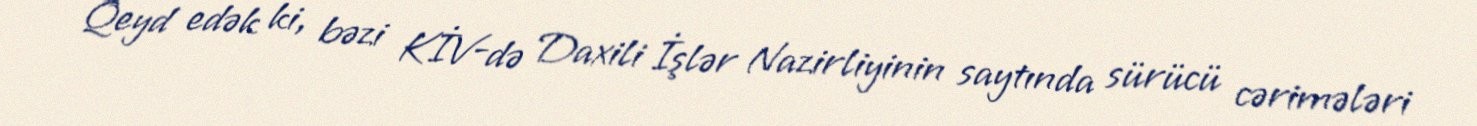
Qeyd edək ki, bəzi KİV-də Daxili İşlər Nazirliyinin saytında sürücü cərimələri